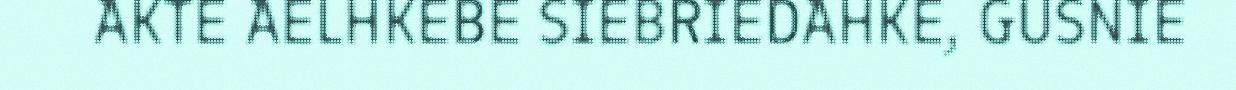
AKTE AELHKEBE SIEBRIEDAHKE, GUSNIE